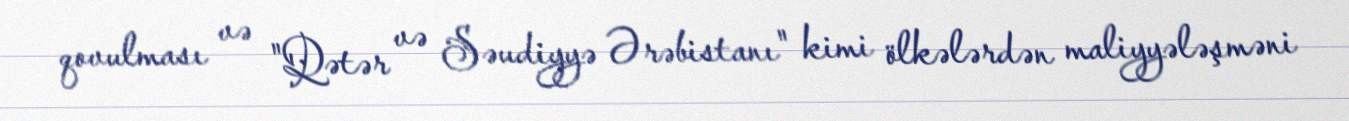
qovulması və "Qətər və Səudiyyə Ərəbistanı" kimi ölkələrdən maliyyələşməni